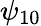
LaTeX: \psi_{10}